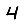
Digit: 4